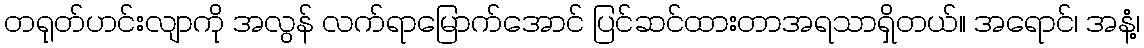
တရုတ်ဟင်းလျာကို အလွန် လက်ရာမြောက်အောင် ပြင်ဆင်ထားတာအရသာရှိတယ်။ အရောင်၊ အနံ့၊